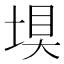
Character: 𮰤